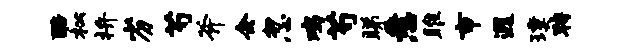
醅松拚劣芍斧会忽鸡芍睇悉雎市遐璞聘